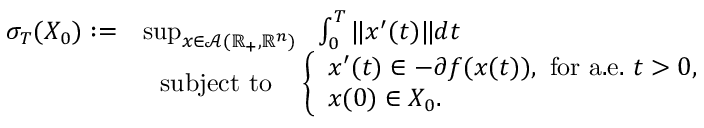
\begin{array} { r l } { \sigma _ { T } ( X _ { 0 } ) : = } & { \operatorname* { s u p } _ { x \in \mathcal { A } ( \mathbb { R } _ { + } , \mathbb { R } ^ { n } ) } ~ ~ \int _ { 0 } ^ { T } \| x ^ { \prime } ( t ) \| d t } \\ & { ~ ~ \mathrm { s u b j e c t ~ t o } ~ ~ ~ \left\{ \begin{array} { l } { x ^ { \prime } ( t ) \in - \partial f ( x ( t ) ) , ~ \mathrm { f o r ~ a . e . } ~ t > 0 , } \\ { x ( 0 ) \in X _ { 0 } . } \end{array} \right. } \end{array}